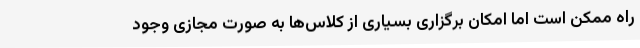
راه ممکن است اما امکان برگزاری بسیاری از کلاس‌ها به صورت مجازی وجود